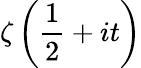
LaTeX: \zeta\left({\frac{1}{2}}+it\right)